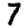
Digit: 7